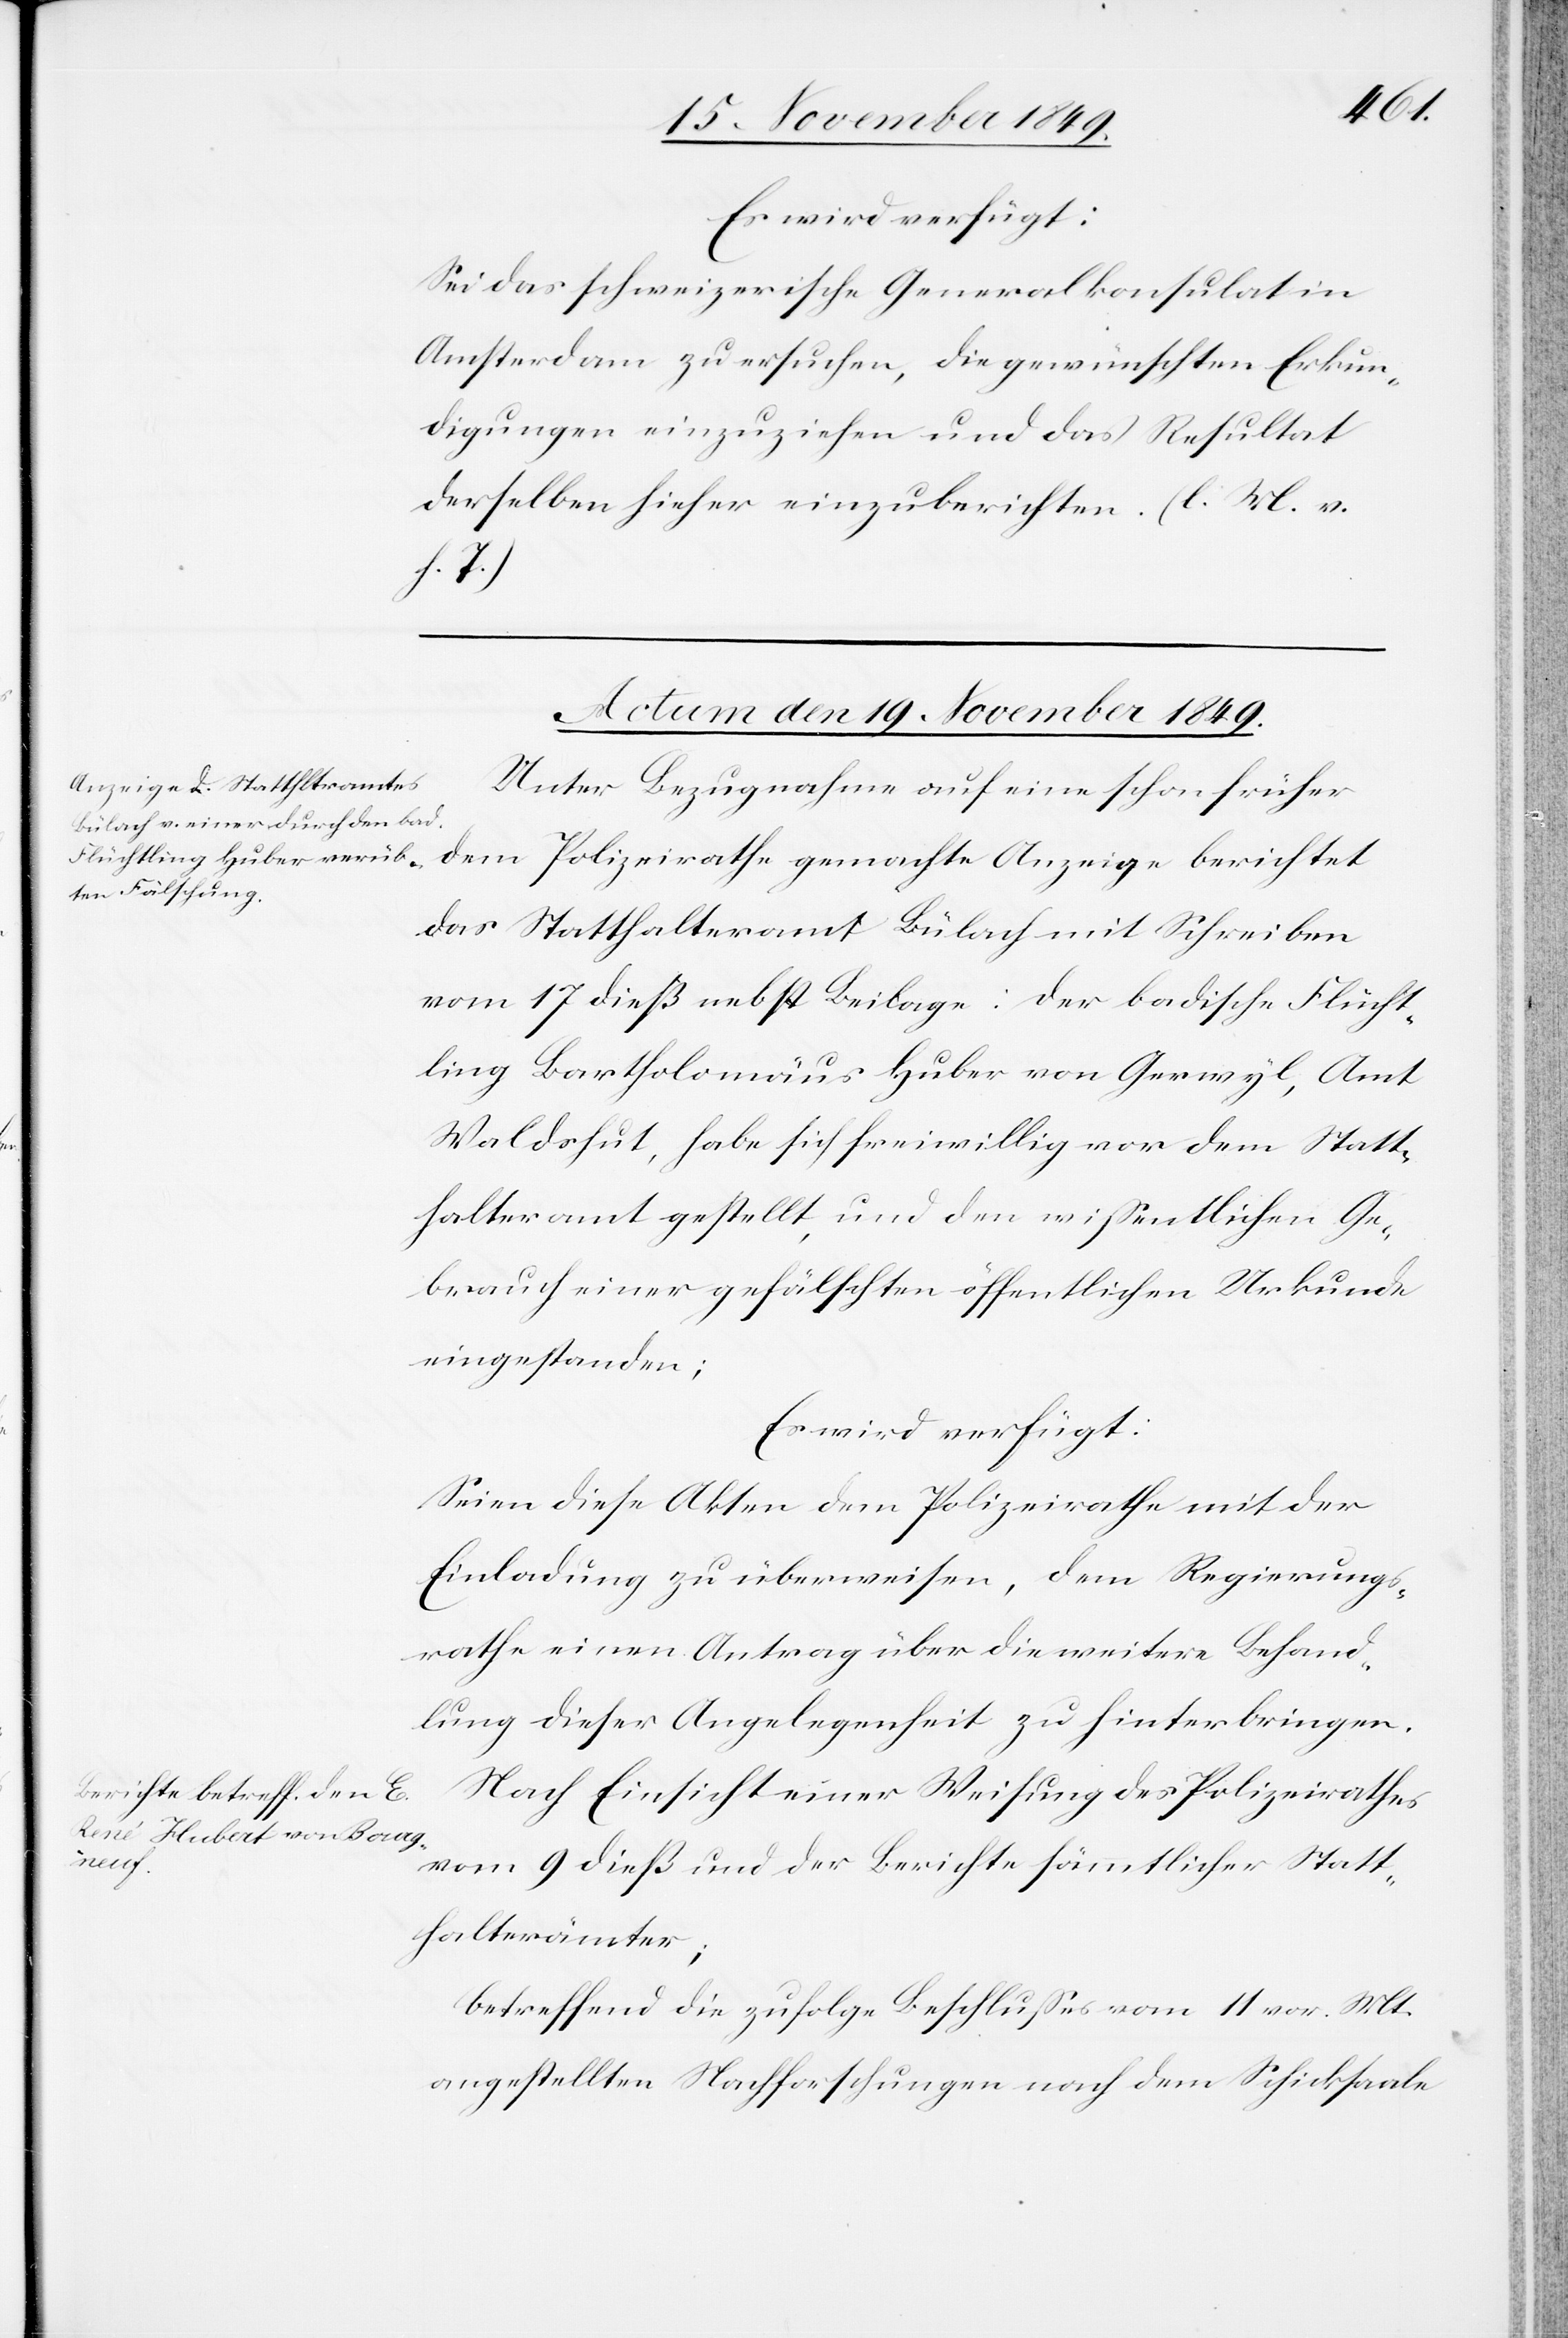
Es wird verfügt:
Sei das schweizerische Generalkonsulat in
Amsterdam zu ersuchen, die gewünschten Erkun¬
digungen einzuziehen und das Resultat
derselben hieher einzuberichten. [l. M. v.
h. T]
Actum den 19 November 1849.]
Unter Bezugnahme auf eine schon früher
dem Polizeirathe gemachte Anzeige berichtet
das Statthalteramt Bülach mit Schreiben
vom 17 dieß nebst Beilage: Der badische Flücht¬
ling Bartholomäus Huber von Gerwyl, Amt
Waldshut, habe sich freiwillig vor dem Statt¬
halteramt gestellt, und den wißentlichen Ge¬
brauch einer gefälschten öffentlichen Urkunde
eingestanden;
Es wird verfügt:
Seien diese Akten dem Polizeirathe mit der
Einladung zu überweisen, dem Regierungs¬
rathe einen Antrag über die weitere Behand¬
lung dieser Angelegenheit zu hinterbringen.
Nach Einsicht einer Weisung des Polizeirathes
vom 9 dieß und der Berichte sämmtlicher Statt¬
halterämter;
betreffend die zufolge Beschlußes vom 11 vor. Mts.
angestellten Nachforschungen nach dem Schicksale